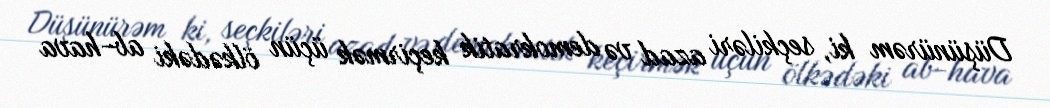
Düşünürəm ki, seçkiləri azad və demokratik keçirmək üçün ölkədəki ab-hava